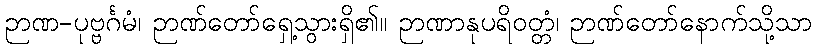
ဉာဏ-ပုဗ္ဗင်္ဂမံ၊ ဉာဏ်တော်ရှေ့သွားရှိ၏။ ဉာဏာနုပရိဝတ္တံ၊ ဉာဏ်တော်နောက်သို့သာ